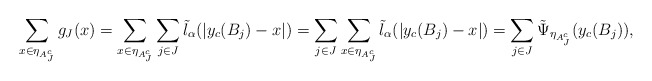
\begin{align*}\sum_{x\in \eta_{A_J^c}} g_J(x)=\sum_{x\in \eta_{A_J^c}}\sum_{j\in J} \tilde{l}_\alpha(|y_{c}(B_j)-x|)=\sum_{j\in J}\sum_{x\in \eta_{A_J^c}}\tilde{l}_\alpha(|y_{c}(B_j)-x|)=\sum_{j\in J}\tilde{\Psi}_{\eta_{A_J^c}}(y_{c}(B_j)),\end{align*}